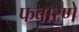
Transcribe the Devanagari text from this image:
फवारणे